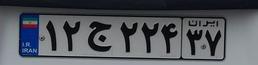
۱۲ج۲۲۴۳۷